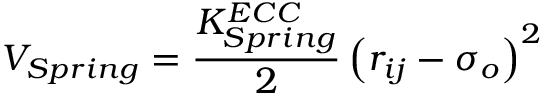
V _ { S p r i n g } = \frac { K _ { S p r i n g } ^ { E C C } } { 2 } \left( r _ { i j } - \sigma _ { o } \right) ^ { 2 }